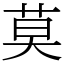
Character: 莫